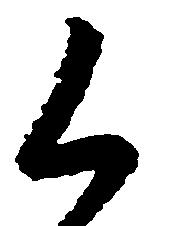
く